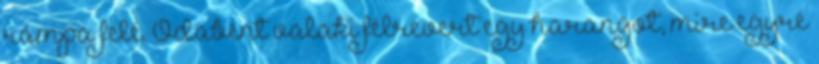
rámpa felé. Odabent valaki félrevert egy harangot, mire egyre